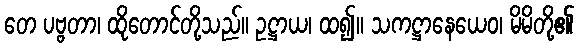
တေ ပဗ္ဗတာ၊ ထိုတောင်တို့သည်။ ဥဋ္ဌာယ၊ ထ၍။ သကဋ္ဌာနေယေဝ၊ မိမိတို့၏